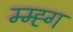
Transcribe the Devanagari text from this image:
म्म्ह्ग